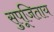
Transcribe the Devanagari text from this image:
सुपूजिताय